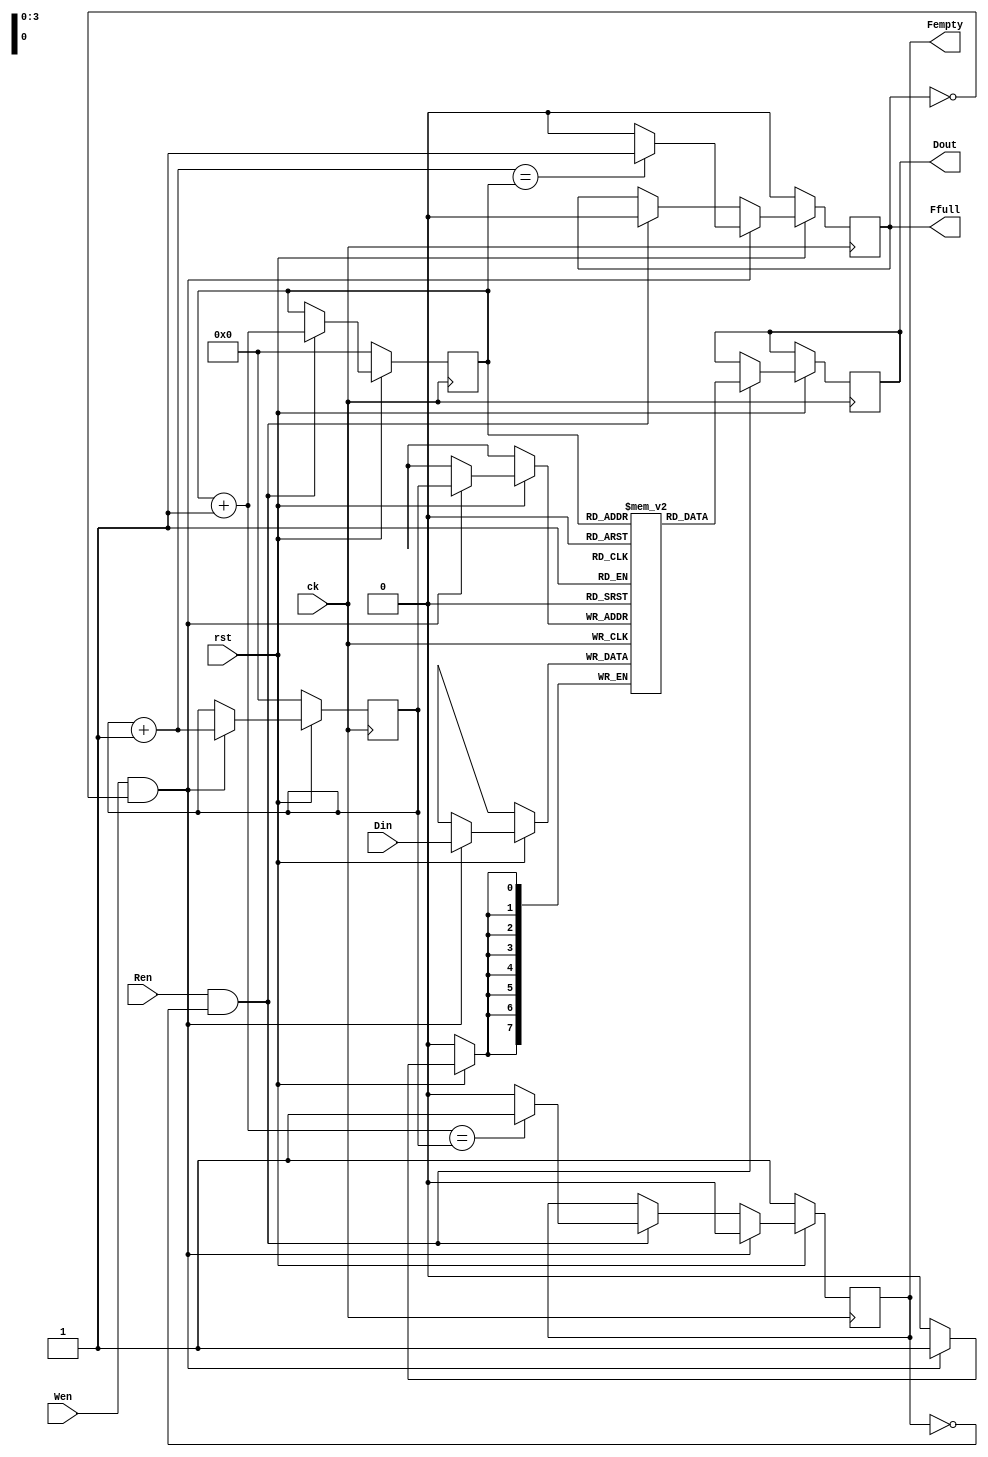
module fifo(Din, Dout, Wen, Ren, rst, ck, Fempty, Ffull);
  input [7:0] Din;
  output [7:0] Dout;
  input Wen, Ren, rst, ck;
  output Fempty, Ffull;

  reg [7:0] FMEM[0:15];
  reg [3:0] Wptr, Rptr;
  reg Fempty, Ffull;
  reg [7:0] obuf;
  wire [3:0] NWptr, NRptr;

  assign Dout = obuf;
  assign NWptr = Wptr + 1;
  assign NRptr = Rptr + 1;

  always @(posedge ck) begin
    if (!rst) begin
      Wptr <= 0;
      Rptr <= 0;
      Fempty <= 1;
      Ffull <= 0;
    end
    else begin
      if (Ren == 1 && Fempty != 1) begin
        obuf <= FMEM[Rptr];
        Rptr <= NRptr;
        Ffull <= 0;
        if (NRptr == Wptr) Fempty <= 1;
        else Fempty <= 0;
      end
      if (Wen == 1 && Ffull != 1) begin
        FMEM[Wptr] <= Din;
        Wptr <= NWptr;
        Fempty <= 0;
        if (NWptr == Rptr) Ffull <= 1;
        else Ffull <= 0;
      end
    end
  end
endmodule